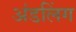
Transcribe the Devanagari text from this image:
अंडलिंग